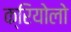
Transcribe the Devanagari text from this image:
क्रियोलो